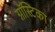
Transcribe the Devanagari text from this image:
ग्नॉस्टिका